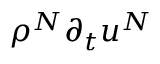
\rho ^ { N } \partial _ { t } u ^ { N }